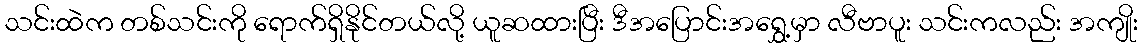
သင်းထဲက တစ်သင်းကို ရောက်ရှိနိုင်တယ်လို့ ယူဆထားပြီး ဒီအပြောင်းအရွှေ့မှာ လီဗာပူး သင်းကလည်း အကျိုး